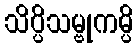
သိပ္ပိသမ္ဗုကမ္ပိ